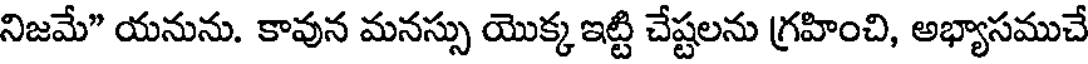
నిజమే" యనును. కావున మనస్సు యొక్క ఇట్టి చేష్టలను గ్రహించి, అభ్యాసముచే